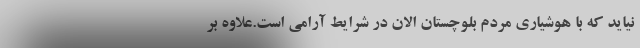
نیاید که با هوشیاری مردم بلوچستان الان در شرایط آرامی است.علاوه بر